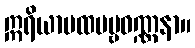
ဣရိယာပထပဗ္ဗဝဏ္ဏနာ။